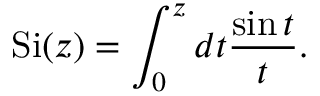
\mathrm { S i } ( z ) = \int _ { 0 } ^ { z } d t { \frac { \sin t } { t } } .